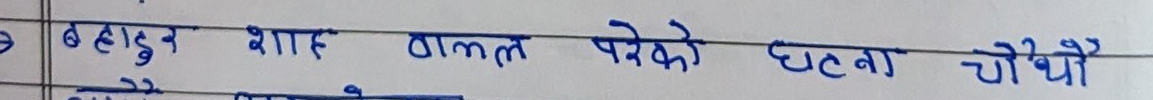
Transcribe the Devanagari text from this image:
बहादुर शाही ठाल्न परेको घटना चौथो